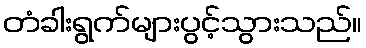
တံခါးရွက်များပွင့်သွားသည်။